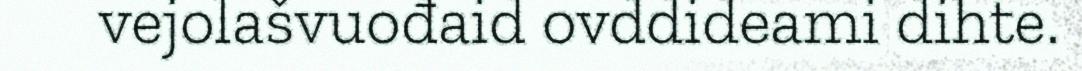
vejolašvuođaid ovddideami dihte.